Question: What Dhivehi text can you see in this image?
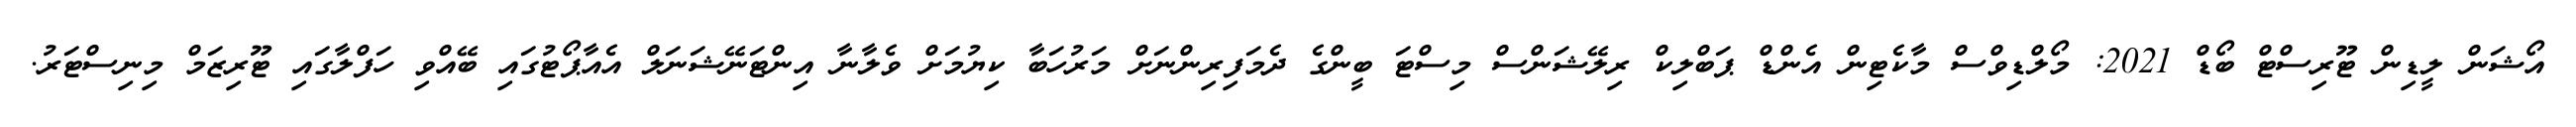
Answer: އޯޝަން ލީޑިން ޓޫރިސްޓް ބޯޑް 2021: މޯލްޑިވްސް މާކެޓިން އެންޑް ޕަބްލިކް ރިލޭޝަންސް މިސްޓަ ބީންގެ ދެމަފިރިންނަށް މަރުހަބާ ކިޔުމަށް ވެލާނާ އިންޓަނޭޝަނަލް އެއާޕޯޓުގައި ބޭއްވި ހަފްލާގައި ޓޫރިޒަމް މިނިސްޓަރު.